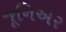
જૂનિઅર